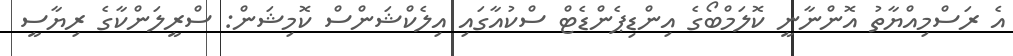
އެ ރަސްމިއްޔާތު އޮންނާނީ ކޮލަމްބޯގެ އިންޑިޕެންޑެޓް ސްކުއާގައި އިލެކްޝަންސް ކޮމިޝަން: ސްރީލަންކާގެ ރިޔާސީ